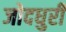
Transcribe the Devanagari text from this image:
जोदधुरी